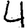
Digit: 4